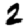
Digit: 2